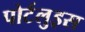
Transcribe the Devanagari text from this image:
पोर्टलुइस